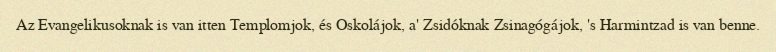
Az Evangelikusoknak is van itten Templomjok, és Oskolájok, a' Zsidóknak Zsinagógájok, 's Harmintzad is van benne.